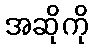
အဆိုကို